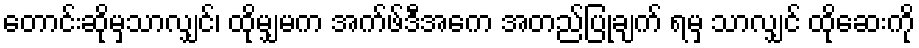
တောင်းဆိုမှသာလျှင်၊ ထိုမျှမက အက်ဖ်ဒီအေက အတည်ပြုချက် ရမှ သာလျှင် ထိုဆေးကို